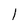
Character: l